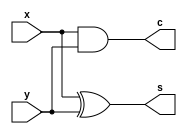
`timescale 1ns / 1ps
//////////////////////////////////////////////////////////////////////////////////
// Company: 
// Engineer: 
// 
// Design Name: 
// Module Name: half_adder
// Project Name: 
// Target Devices: 
// Tool Versions: 
// Description: 
// 
// Dependencies: 
// 
// Revision:
// Revision 0.01 - File Created
// Additional Comments:
// 
//////////////////////////////////////////////////////////////////////////////////


module half_adder(
    input x, y,
    output c, s
    );
    
    //Structural Modeling, more specifically Dataflow modeling
    assign s = x ^ y; // XOR symbol in verilog is ^
    
    assign c = x & y; 
    
endmodule